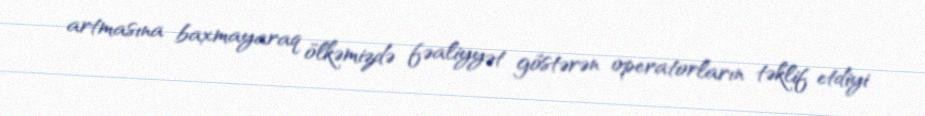
artmasına baxmayaraq ölkəmizdə fəaliyyət göstərən operatorların təklif etdiyi